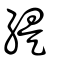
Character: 緹